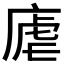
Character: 𪪛